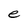
Character: e